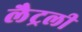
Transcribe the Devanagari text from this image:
लैट्रली